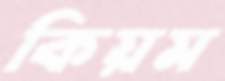
কিয়ম